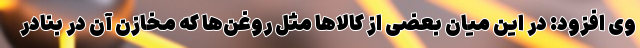
وی افزود: در این میان بعضی از کالاها مثل روغن‌ها که مخازن آن در بنادر